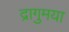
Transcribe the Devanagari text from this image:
द्रागुमया